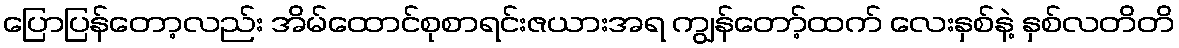
ပြောပြန်တော့လည်း အိမ်ထောင်စုစာရင်းဇယားအရ ကျွန်တော့်ထက် လေးနှစ်နဲ့ နှစ်လတိတိ